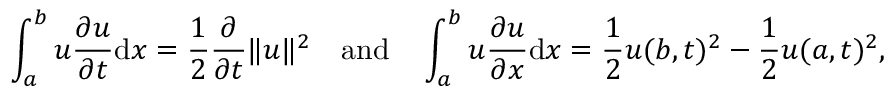
\int _ { a } ^ { b } u { \frac { \partial u } { \partial t } } \mathrm { d } x = { \frac { 1 } { 2 } } { \frac { \partial } { \partial t } } \| u \| ^ { 2 } \quad { \mathrm { a n d } } \quad \int _ { a } ^ { b } u { \frac { \partial u } { \partial x } } \mathrm { d } x = { \frac { 1 } { 2 } } u ( b , t ) ^ { 2 } - { \frac { 1 } { 2 } } u ( a , t ) ^ { 2 } ,